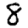
Digit: 8